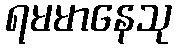
ရမမာနေသု